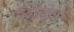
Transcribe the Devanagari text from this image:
फ्रंतिसेक